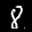
Label: 8